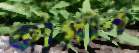
কাগান